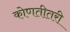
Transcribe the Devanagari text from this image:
कोणतीतरी